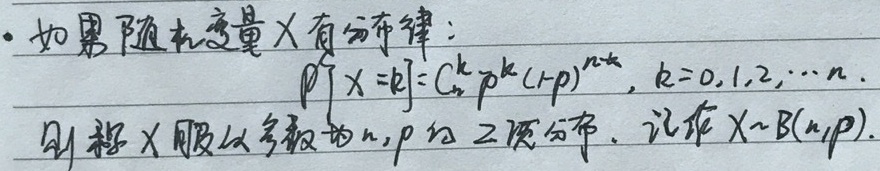
• 如果随机变量$X$有分布律：
$P\left[ X = k\right]=C_{n}^{k}p^{k}(1 - p)^{n - k},k = 0,1,2,\cdots n$.
则称$X$ 服从参数为$n,p$的二项分布. 记作$X\sim B(n,p)$.